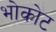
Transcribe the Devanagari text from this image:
भोकोट